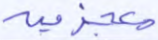
معجزين